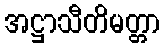
အဋ္ဌာသီတိမတ္တာ